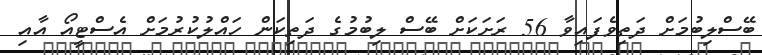
ބޭސްލިބުމަށް ދަތިވެފައިވާ 56 ރަށަކަށް ބޭސް ލިބުމުގެ ދަތިކަން ހައްލުކުރުމަށް އެސްޓީއޯ އާއި